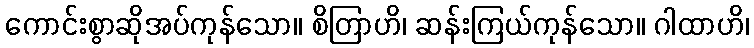
ကောင်းစွာဆိုအပ်ကုန်သော။ စိတြာဟိ၊ ဆန်းကြယ်ကုန်သော။ ဂါထာဟိ၊